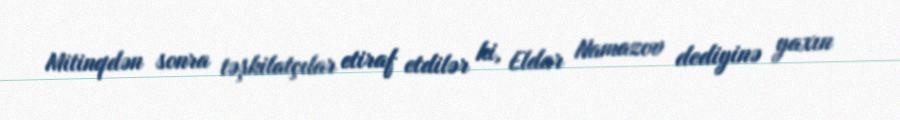
Mitinqdən sonra təşkilatçılar etiraf etdilər ki, Eldar Namazov dediyinə yaxın